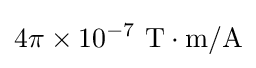
4\pi \times 10^{-7}{\text{ T}}\cdot {\text{m/A}}